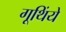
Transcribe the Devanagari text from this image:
गूथिंये